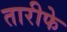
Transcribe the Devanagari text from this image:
तारीफे